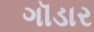
ગૉડાર